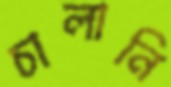
চালানি